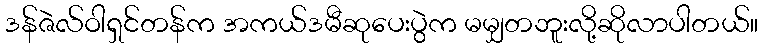
ဒန်ဇဲလ်ဝါရှင်တန်က အကယ်ဒမီဆုပေးပွဲက မမျှတဘူးလို့ဆိုလာပါတယ်။